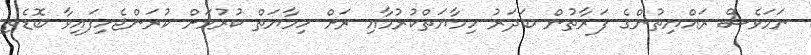
ނަމަވެސް ރައްޔިތުންގެ ފަރާތުން ބަދަރު ހިމާޔަތްކުރުމާއި ރަށް ހިމާޔަތް ކުރުމަށް ކުރަންޖެހިފައިވާ ބޮޑެތި